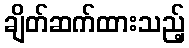
ချိတ်ဆက်ထားသည့်